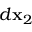
d { \bf x } _ { 2 }